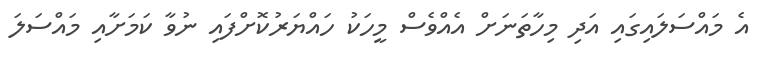
އެ މައްސަލައިގައި އަދި މިހާތަނަށް އެއްވެސް މީހަކު ހައްޔަރުކޮށްފައި ނުވާ ކަމަށާއި މައްސަލަ